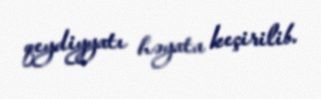
qeydiyyatı həyata keçirilib.